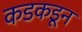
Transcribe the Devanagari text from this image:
कडकडून